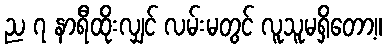
ည ၇ နာရီထိုးလျှင် လမ်းမတွင် လူသူမရှိတော့။